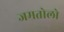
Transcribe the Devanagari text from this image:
जमतोलो